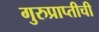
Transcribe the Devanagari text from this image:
गुरुप्राप्तीची